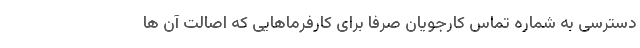
دسترسی به شماره تماس کارجویان صرفاً برای کارفرماهایی که اصالت آن ها